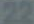
22